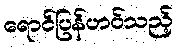
ရောင်ပြန်ဟပ်သည့်